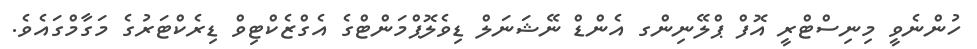
ހުންނެވީ މިނިސްޓްރީ އޮފް ޕްލޭނިންގ އެންޑް ނޭޝަނަލް ޑިވެލޮޕްމަންޓްގެ އެގްޒެކްޓިވް ޑިރެކްޓަރުގެ މަގާމްގައެވެ.